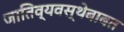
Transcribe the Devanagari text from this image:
जातिव्यवस्थेबाबत